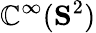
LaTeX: \mathbb{C}^{\infty}(\mathbf{{S}}^{2})